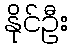
နိုင်ဦး